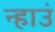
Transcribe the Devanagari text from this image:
न्हाउं